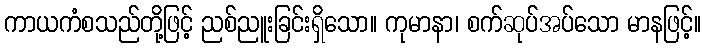
ကာယကံစသည်တို့ဖြင့် ညစ်ညူးခြင်းရှိသော။ ကုမာနာ၊ စက်ဆုပ်အပ်သော မာနဖြင့်။